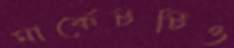
মার্কেটটিও